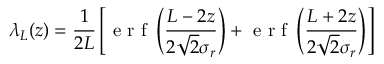
\lambda _ { L } ( z ) = \frac { 1 } { 2 L } \left[ \mathrm { ~ e ~ r ~ f ~ } \left( \frac { L - 2 z } { 2 \sqrt { 2 } \sigma _ { r } } \right) + \mathrm { ~ e ~ r ~ f ~ } \left( \frac { L + 2 z } { 2 \sqrt { 2 } \sigma _ { r } } \right) \right]